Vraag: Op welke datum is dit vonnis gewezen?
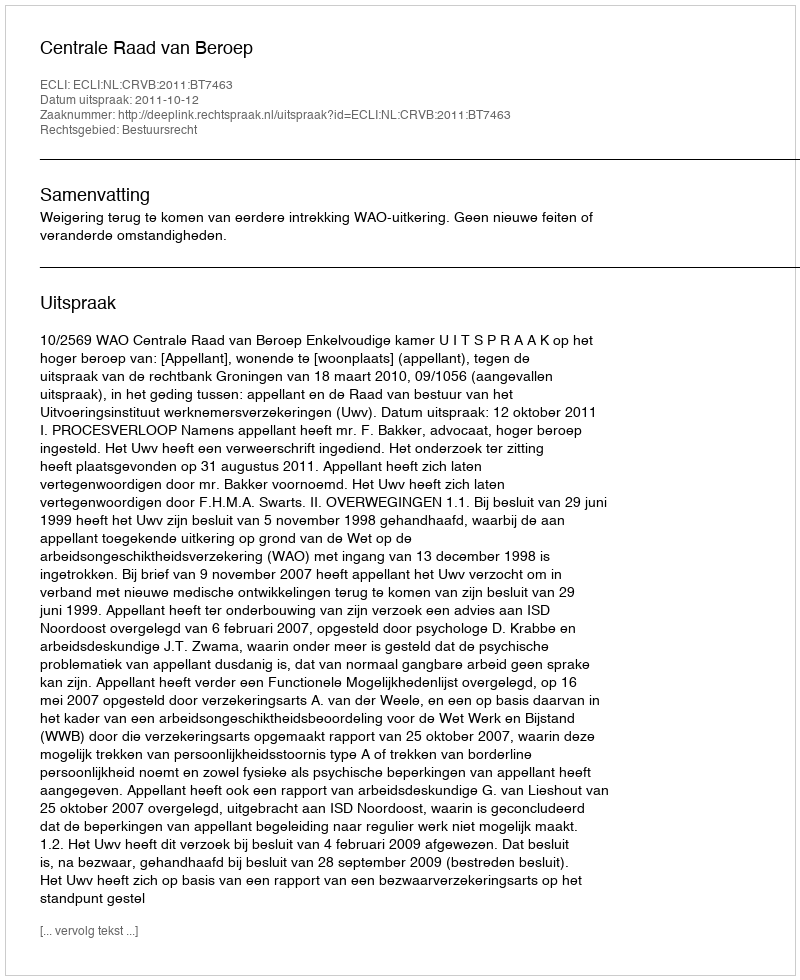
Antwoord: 2011-10-12